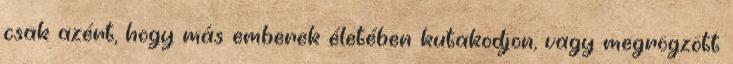
csak azért, hogy más emberek életében kutakodjon, vagy megrögzött